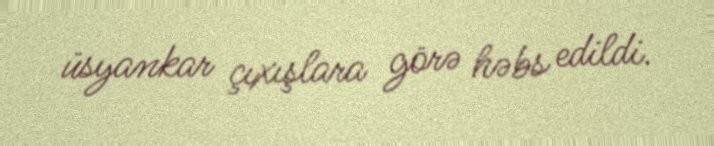
üsyankar çıxışlara görə həbs edildi.